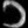
Digit: ၁